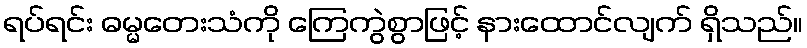
ရပ်ရင်း ဓမ္မတေးသံကို ကြေကွဲစွာဖြင့် နားထောင်လျက် ရှိသည်။